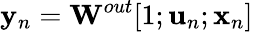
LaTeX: {\mathbf y}_{n}={\mathbf W}^{out}[1;{\mathbf u}_{n};{\mathbf x}_{n}]